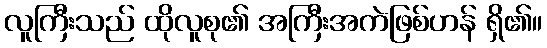
လူကြီးသည် ထိုလူစု၏ အကြီးအကဲဖြစ်ဟန် ရှိ၏။